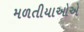
મળતીયાઓએ